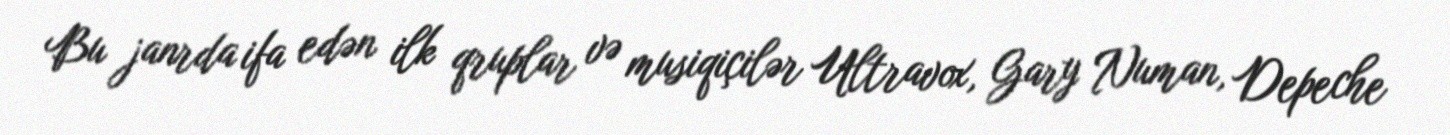
Bu janrda ifa edən ilk qruplar və musiqiçilər Ultravox, Gary Numan, Depeche